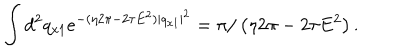
\int d ^ { 2 } q _ { x 1 } e ^ { - ( \eta 2 \pi - 2 \tau E ^ { 2 } ) | q _ { x 1 } | ^ { 2 } } = \pi / \left( \eta 2 \pi - 2 \tau E ^ { 2 } \right) .